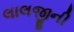
લાલજીની